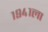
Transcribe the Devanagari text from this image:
१९४१ला